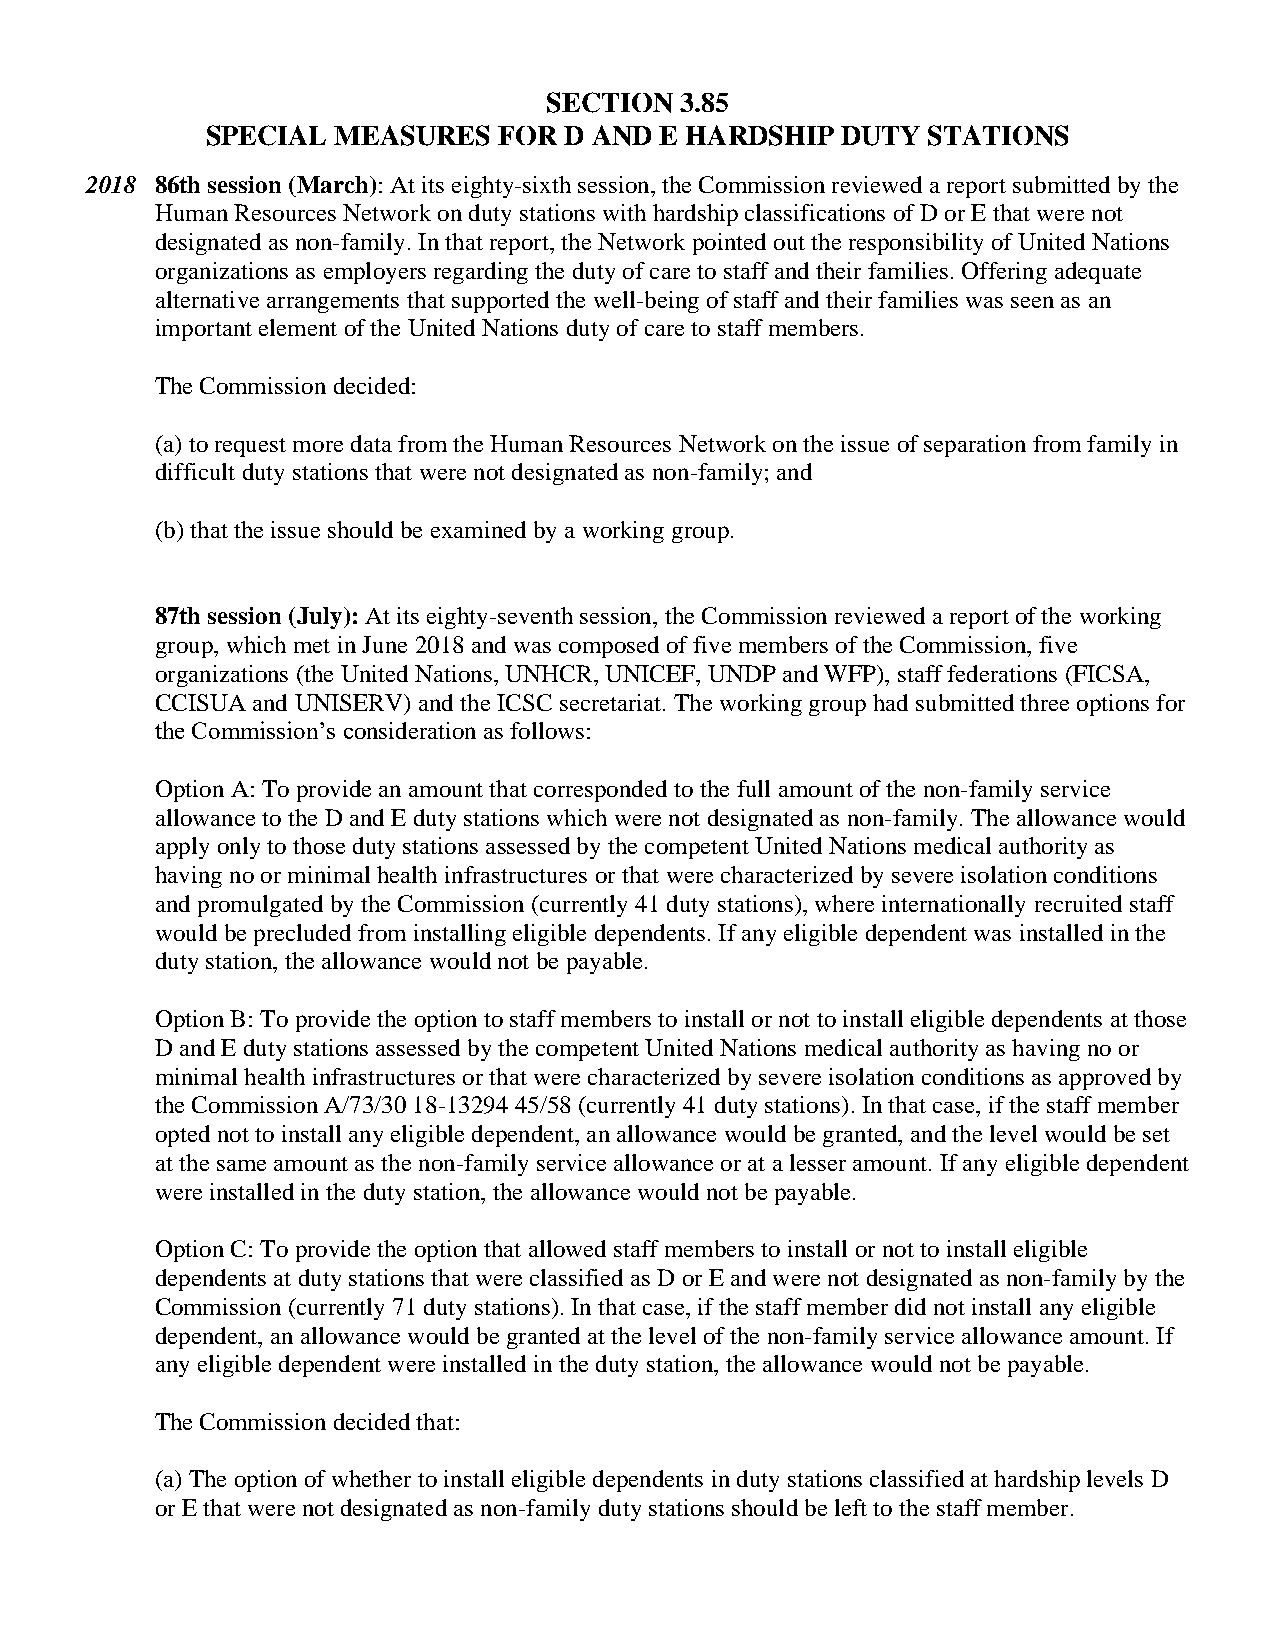
SECTION  3.85
 SPECIAL MEASURES   FOR D AND  E HARDSHIP  DUTY STATIONS
 2018 86th session (March): At its eighty-sixth session, the Commission reviewed a report submitted by the
 Human Resources Network on duty stations with hardship classifications of D or E that were not
 designated as non-family. In that report, the Network pointed out the responsibility of United Nations
 organizations as employers regarding the duty of care to staff and their families. Offering adequate
 alternative arrangements that supported the well-being of staff and their families was seen as an
 important element of the United Nations duty of care to staff members.
 The Commission decided:
 (a) to request more data from the Human Resources Network on the issue of separation from family in
 difficult duty stations that were not designated as non-family; and
 (b) that the issue should be examined by a working group.
 87th session (July): At its eighty-seventh session, the Commission reviewed a report of the working
 group, which met in June 2018 and was composed of five members of the Commission, five
 organizations (the United Nations, UNHCR, UNICEF, UNDP and WFP), staff federations (FICSA,
 CCISUA and UNISERV) and the ICSC secretariat. The working group had submitted three options for
 the Commission’s consideration as follows:
 Option A: To provide an amount that corresponded to the full amount of the non-family service
 allowance to the D and E duty stations which were not designated as non-family. The allowance would
 apply only to those duty stations assessed by the competent United Nations medical authority as
 having no or minimal health infrastructures or that were characterized by severe isolation conditions
 and promulgated by the Commission (currently 41 duty stations), where internationally recruited staff
 would be precluded from installing eligible dependents. If any eligible dependent was installed in the
 duty station, the allowance would not be payable.
 Option B: To provide the option to staff members to install or not to install eligible dependents at those
 D and E duty stations assessed by the competent United Nations medical authority as having no or
 minimal health infrastructures or that were characterized by severe isolation conditions as approved by
 the Commission A/73/30 18-13294 45/58 (currently 41 duty stations). In that case, if the staff member
 opted not to install any eligible dependent, an allowance would be granted, and the level would be set
 at the same amount as the non-family service allowance or at a lesser amount. If any eligible dependent
 were installed in the duty station, the allowance would not be payable.
 Option C: To provide the option that allowed staff members to install or not to install eligible
 dependents at duty stations that were classified as D or E and were not designated as non-family by the
 Commission (currently 71 duty stations). In that case, if the staff member did not install any eligible
 dependent, an allowance would be granted at the level of the non-family service allowance amount. If
 any eligible dependent were installed in the duty station, the allowance would not be payable.
 The Commission decided that:
 (a) The option of whether to install eligible dependents in duty stations classified at hardship levels D
 or E that were not designated as non-family duty stations should be left to the staff member.